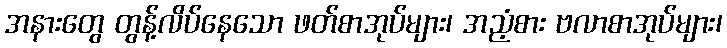
အနားတွေ တွန့်လိပ်နေသော ဖတ်စာအုပ်များ၊ အညံ့စား ဗလာစာအုပ်များ၊